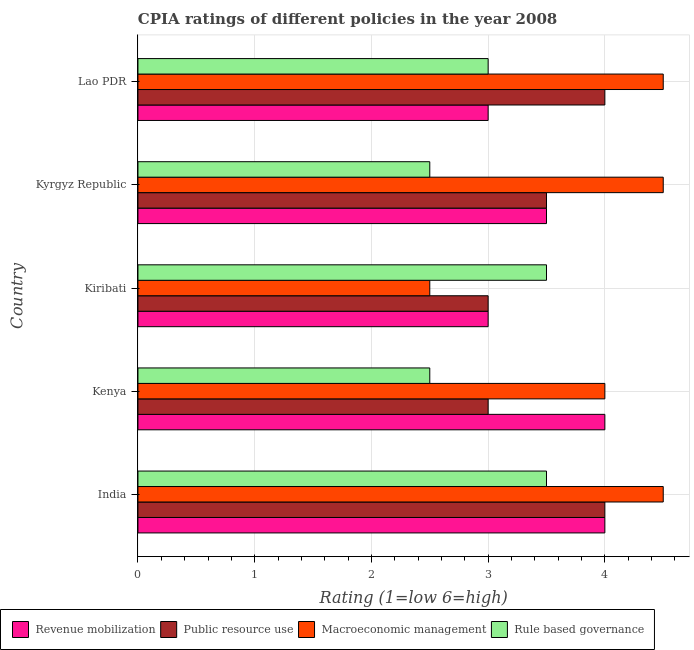
| Country | Revenue mobilization | Public resource use | Macroeconomic management | Rule based governance |
 | --- | --- | --- | --- | --- |
 | India | 4 | 4 | 4.5 | 3.5 |
 | Kenya | 4 | 3 | 4 | 2.5 |
 | Kiribati | 3 | 3 | 2.5 | 3.5 |
 | Kyrgyz Republic | 3.5 | 3.5 | 4.5 | 2.5 |
 | Lao PDR | 3 | 4 | 4.5 | 3 |